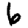
Digit: 6